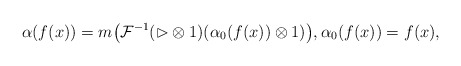
\begin{gather*}{\alpha}(f(x))=m\big(\mathcal{F}^{-1}(\rhd\otimes 1) ({\alpha}_0(f(x))\otimes1)\big),{\alpha}_0(f(x))=f(x),\end{gather*}